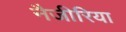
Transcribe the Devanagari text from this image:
नैजीरिया